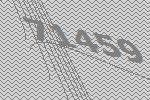
71459